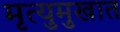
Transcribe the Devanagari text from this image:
मृत्युमुखात